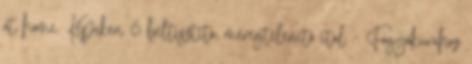
at home. Képeken 6 béltisztító, méregtelenítő ital - Fogyókúrához